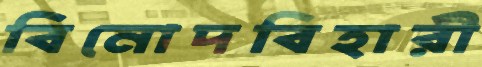
বিনোদবিহারী